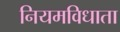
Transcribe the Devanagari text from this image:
नियमविधाता